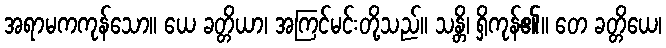
အရာမကကုန်သော။ ယေ ခတ္တိယာ၊ အကြင်မင်းတို့သည်။ သန္တိ၊ ရှိကုန်၏။ တေ ခတ္တိယေ၊